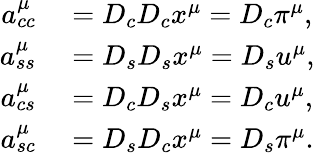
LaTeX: \begin{array}{rl}{a_{cc}^{\mu}}&{{}=D_{c}D_{c}x^{\mu}=D_{c}\pi^{\mu},}\\ {a_{ss}^{\mu}}&{{}=D_{s}D_{s}x^{\mu}=D_{s}u^{\mu},}\\ {a_{cs}^{\mu}}&{{}=D_{c}D_{s}x^{\mu}=D_{c}u^{\mu},}\\ {a_{sc}^{\mu}}&{{}=D_{s}D_{c}x^{\mu}=D_{s}\pi^{\mu}.}\end{array}